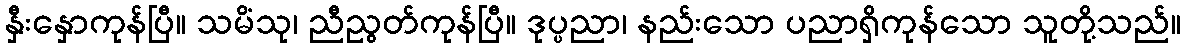
နှီးနှောကုန်ပြီ။ သမိံသု၊ ညီညွတ်ကုန်ပြီ။ ဒုပ္ပညာ၊ နည်းသော ပညာရှိကုန်သော သူတို့သည်။